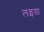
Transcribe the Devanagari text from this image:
लइया